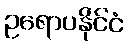
ဥရောပနိုင်ငံ